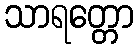
သာရတ္တော